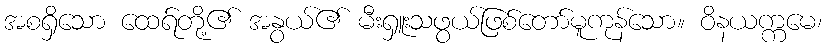
အစရှိသော ထေရ်တို့၏ အနွယ်၏ မီးရှူးသဖွယ်ဖြစ်တော်မူကုန်သော။ ဝိနယက္ကမေ၊